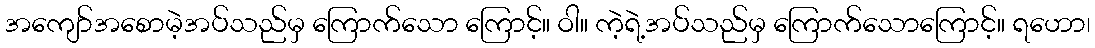
အကျော်အစောမဲ့အပ်သည်မှ ကြောက်သော ကြောင့်။ ဝါ။ ကဲ့ရဲ့အပ်သည်မှ ကြောက်သောကြောင့်။ ရဟော၊